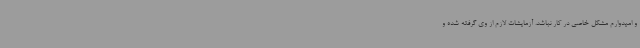
و امیدوارم مشکل خاصی در کار نباشد. آزمایشات لازم از وی گرفته شده و